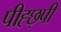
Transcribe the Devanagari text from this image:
पीह्छ्पी